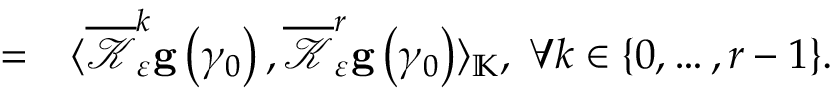
\begin{array} { r l } { = } & { { } \langle \overline { { \mathcal { K } } } _ { \varepsilon } ^ { k } \mathbf { g } \left( \gamma _ { 0 } \right) , \overline { { \mathcal { K } } } _ { \varepsilon } ^ { r } \mathbf { g } \left( \gamma _ { 0 } \right) \rangle _ { \mathbb { K } } , \; \forall k \in \{ 0 , \ldots , r - 1 \} . } \end{array}